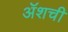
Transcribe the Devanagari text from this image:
ॲशची